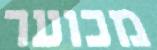
מכוער